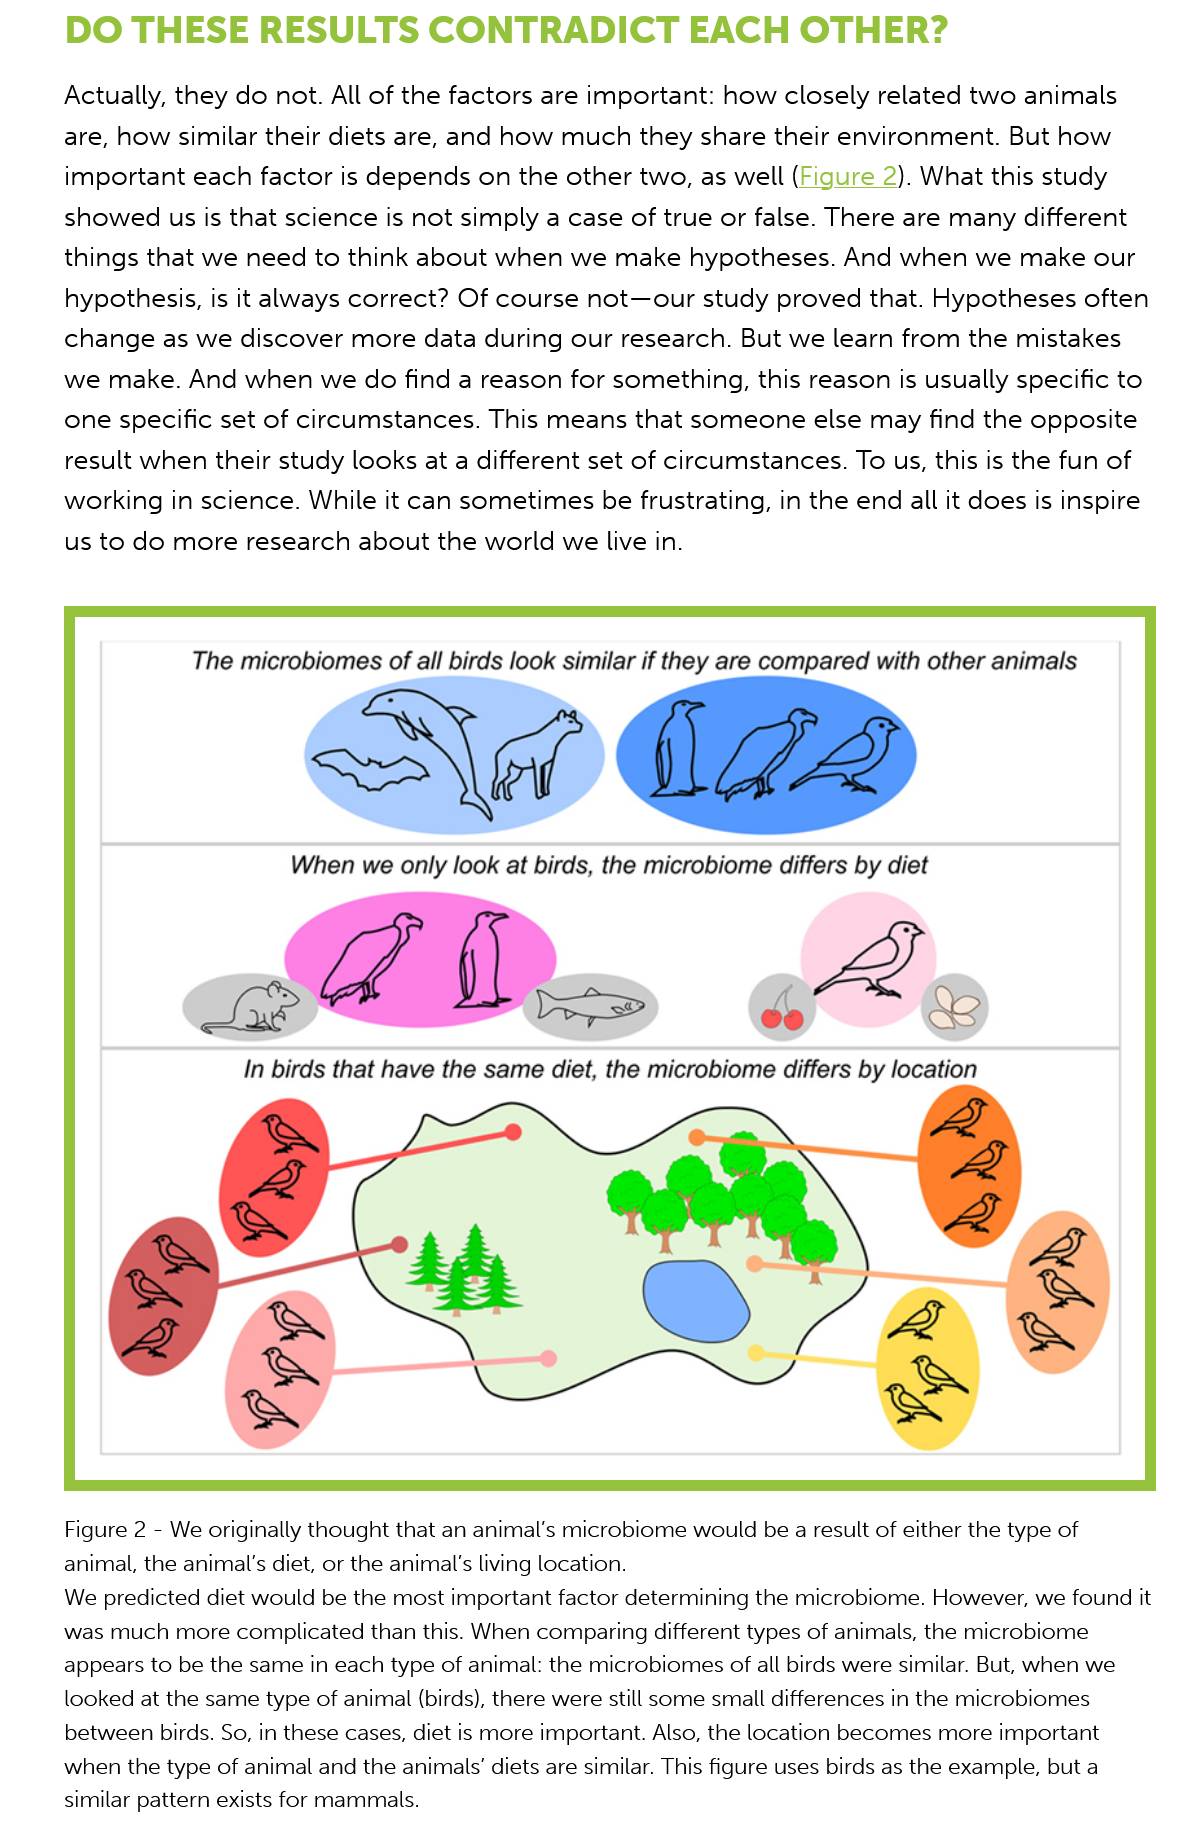
DO   THESE    RESULTS    CONTRADICT    EACH    OTHER?
     Actually, they do not. All of the factors are important: how closely related two animals
     are, how similar their diets are, and how much they share their environment. But how
     important each factor is depends on the other two, as well (Figure 2). What this study
     showed us is that science is not simply a case of true or false. There are many different
     things that we need to think about when we make  hypotheses. And  when  we make  our
     hypothesis, is it always correct? Of course not—our study proved that. Hypotheses often
     change as we  discover more data during our research. But we learn from the mistakes
     we make. And  when  we do find a reason for something, this reason is usually specific to
     one specific set of circumstances. This means that someone else may find the opposite
     result when their study looks at a different set of circumstances. To us, this is the fun of
     working in science. While it can sometimes be frustrating, in the end all it does is inspire
     us to do more research about the world we live in.

     The microbiomes of all birds look similar if they are compared with other animals
     S\0
     When we only look at birds, the microbiome differs by diet
     fh
     Dr    a~e
     In birds that have the same diet, the microbiome differs by location

     Figure 2
     -
     We originally thought that an animal's microbiome would be a result of either the type of
     animal, the animal's diet, or the animal's living location.
     We predicted diet would be the most important factor determining the microbiome. However, we found it
     was much more complicated than this. When comparing different types of animals, the microbiome
     appears to be the same in each type of animal: the microbiomes of all birds were similar. But, when we
     looked at the same type of animal (birds), there were still some small differences in the microbiomes
     between birds. So, in these cases, diet is more important. Also, the location becomes more important
     when the type of animal and the animals’ diets are similar. This figure uses birds as the example, but a
     similar pattern exists for mammals.